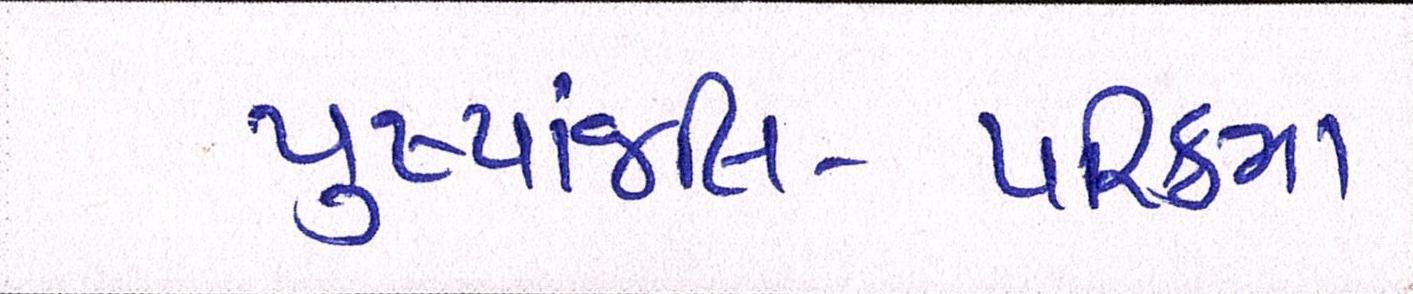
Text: પુષ્પાંજલિ-પરિક્રમા